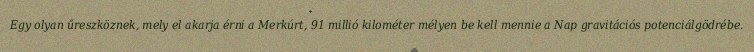
Egy olyan űreszköznek, mely el akarja érni a Merkúrt, 91 millió kilométer mélyen be kell mennie a Nap gravitációs potenciálgödrébe.